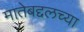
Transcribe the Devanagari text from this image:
मातेबद्दलच्या